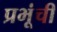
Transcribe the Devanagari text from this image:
प्रभूंची